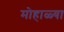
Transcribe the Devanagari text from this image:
मोहाळ्या